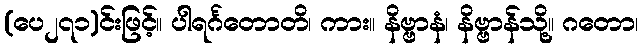
(ပေ၂၇၁)င်းဖြင့်။ ပါရင်္ဂတောတိ၊ ကား။ နိဗ္ဗာနံ၊ နိဗ္ဗာန်သို့။ ဂတော၊